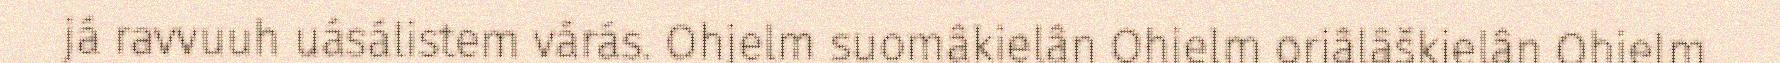
já ravvuuh uásálistem várás. Ohjelm suomâkielân Ohjelm orjâlâškielân Ohjelm